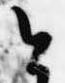
今